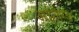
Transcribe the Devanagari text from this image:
आईलैण्‍ड